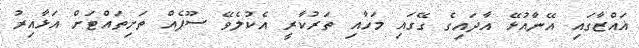
ޣައްޒާގައި އޭނާއުޅޭ އާދައިގެ ގޭގައި މަހާއި ތަރުކާރީ އެކުލެވޭ ސޫޕެއް ތަށިތައްޓަށް އަޅާއިރު